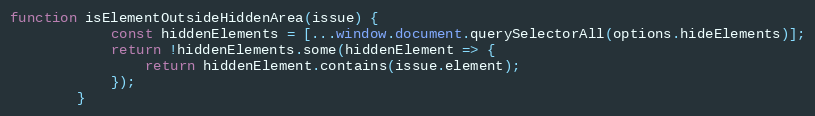
Language: JavaScript
function isElementOutsideHiddenArea(issue) {
			const hiddenElements = [...window.document.querySelectorAll(options.hideElements)];
			return !hiddenElements.some(hiddenElement => {
				return hiddenElement.contains(issue.element);
			});
		}